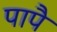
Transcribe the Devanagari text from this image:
पापै